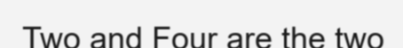
Two and Four are the two